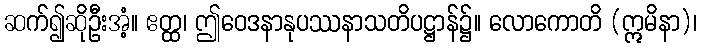
ဆက်၍ဆိုဦးအံ့။ ဧတ္ထ၊ ဤဝေဒနာနုပဿနာသတိပဋ္ဌာန်၌။ လောကောတိ (ဣမိနာ)၊